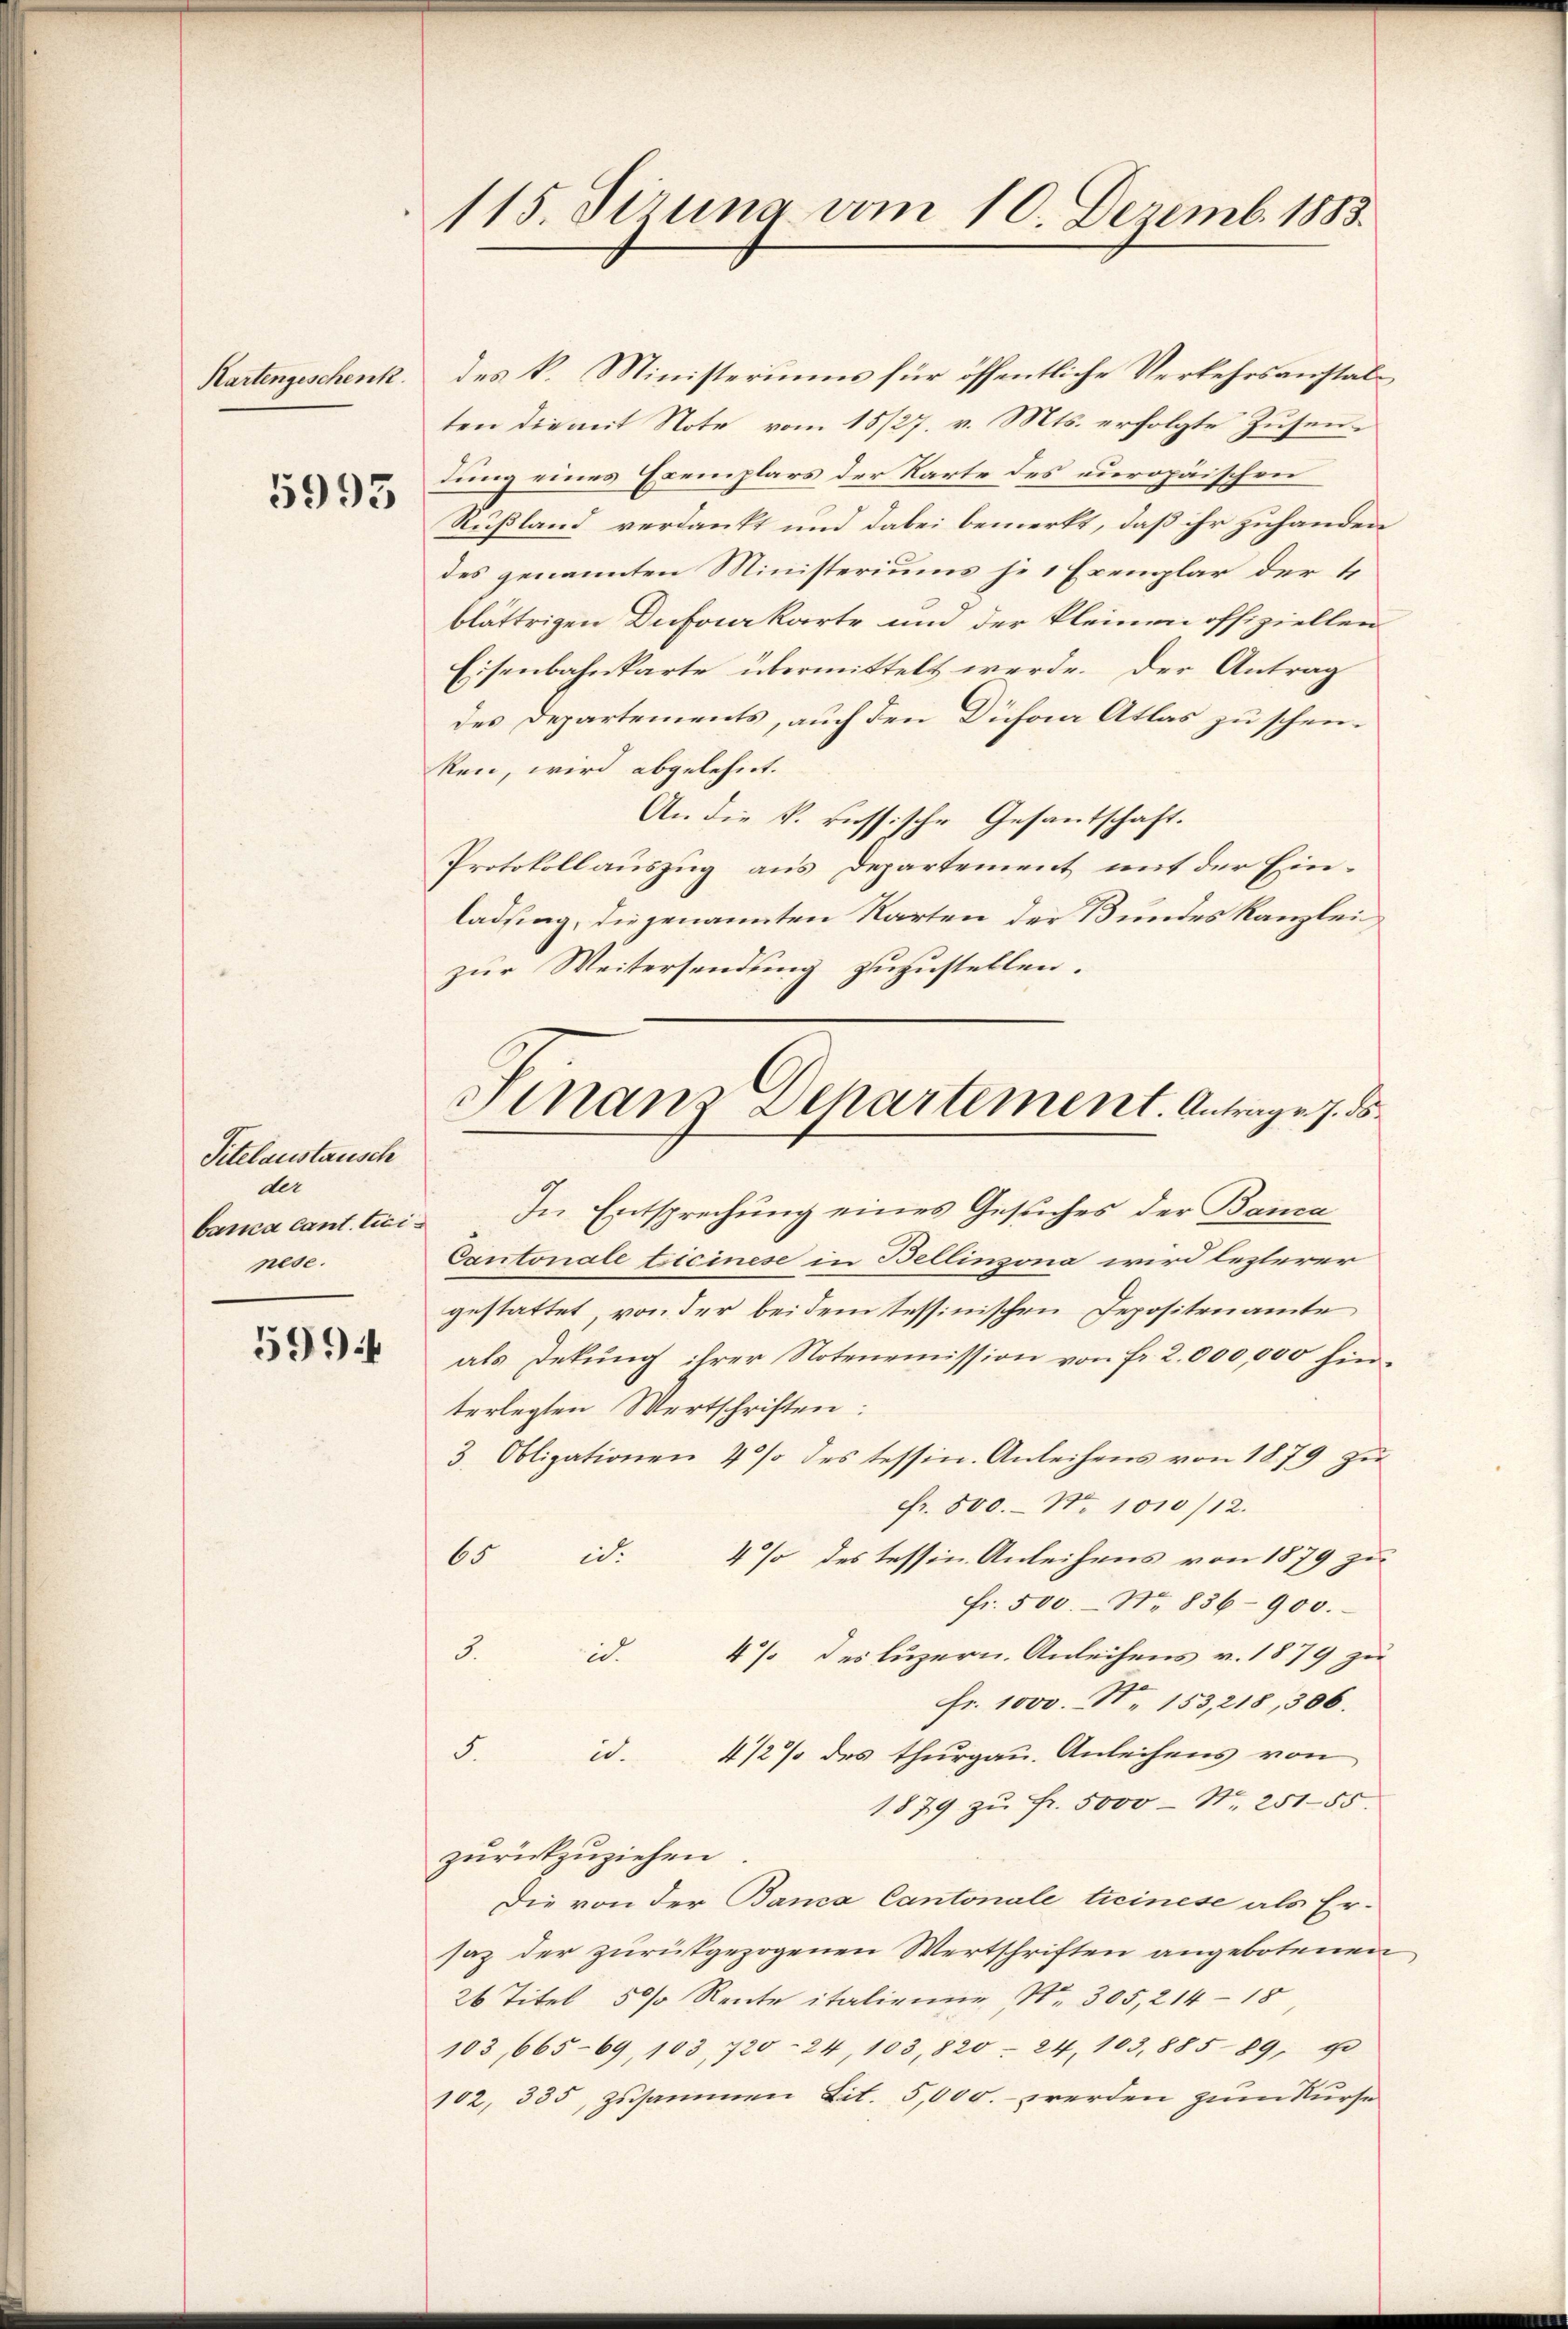
Kartengeschenk

5993

Titelaustausch
der
banica cant. tici
nese.

5994

115. dirung vom 10. Dezemb. 1883.

des k. Ministeriums für öffentliche Verkehrsanstalten die mit Note vom 15/27. v. Mts. erfolgte Zusendung eines Exemplars der Karte des europäischen
Rußland verdankt und dabei bemerkt, daß ihr zuhanden
des genannten Ministeriums je 1 Exemplar der 4
blättrigen Dufourkarte und der kleinen offiziellen
Eisenbahnkarte übermittelt werde. Der Antrag
2
des Departements, auch den Düfaa Atlas zu schenken, wird abgelehnt.
An die k. russische Gesantschaft.
Protokollauszug aus Departement mit der Einladung, die genannten Karten der Bundes Kanzlei
zur Weitersendung zuzustellen.
In Entsprechung eines Gesuches der Banca
Cantonale Ticinese in Bellinzona wird lezterer
gestattet, von der beidem tessinischen Depositenamte
als Dekung ihrer Notenemission von fr. 2,000,000 finterlegten Wertschriften:
3. Obligationen 4% des tessin. Anleihens von 1879 zŭ
Fr. 500.- No 1010/12.
65 id: 4% des Tessin Anleihens von 1879 zu
Fr. 500.- No 836–900.
3. d. 4 des Luzern. Anleihens v. 1879 zu
fr. 1000. N. 153,218, 306.
5. d. 4 1/2 % des thurgau. Anleihens von
1879 zŭ Fr. 5000 - Nr. 251-55.
zŭrückzŭziehen.
Die von der Banca Cantonale treinese als Ersaz der zurükgezogenen Wertschriften angebotenen
26 Titel 50% Rente italienne (Nr. 305, 214 - 18
103,665-69, 103, 720 24, 103, 820 - 24, 103, 885 89, g
102, 335, zusammen Lit. 5,000.- werden zum Kurse

Finanz Departement. Antrage 7. ds.